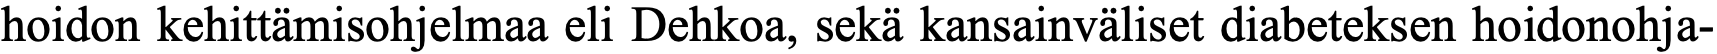
hoidon kehittämisohjelmaa eli Dehkoa, sekä kansainväliset diabeteksen hoidonohja-